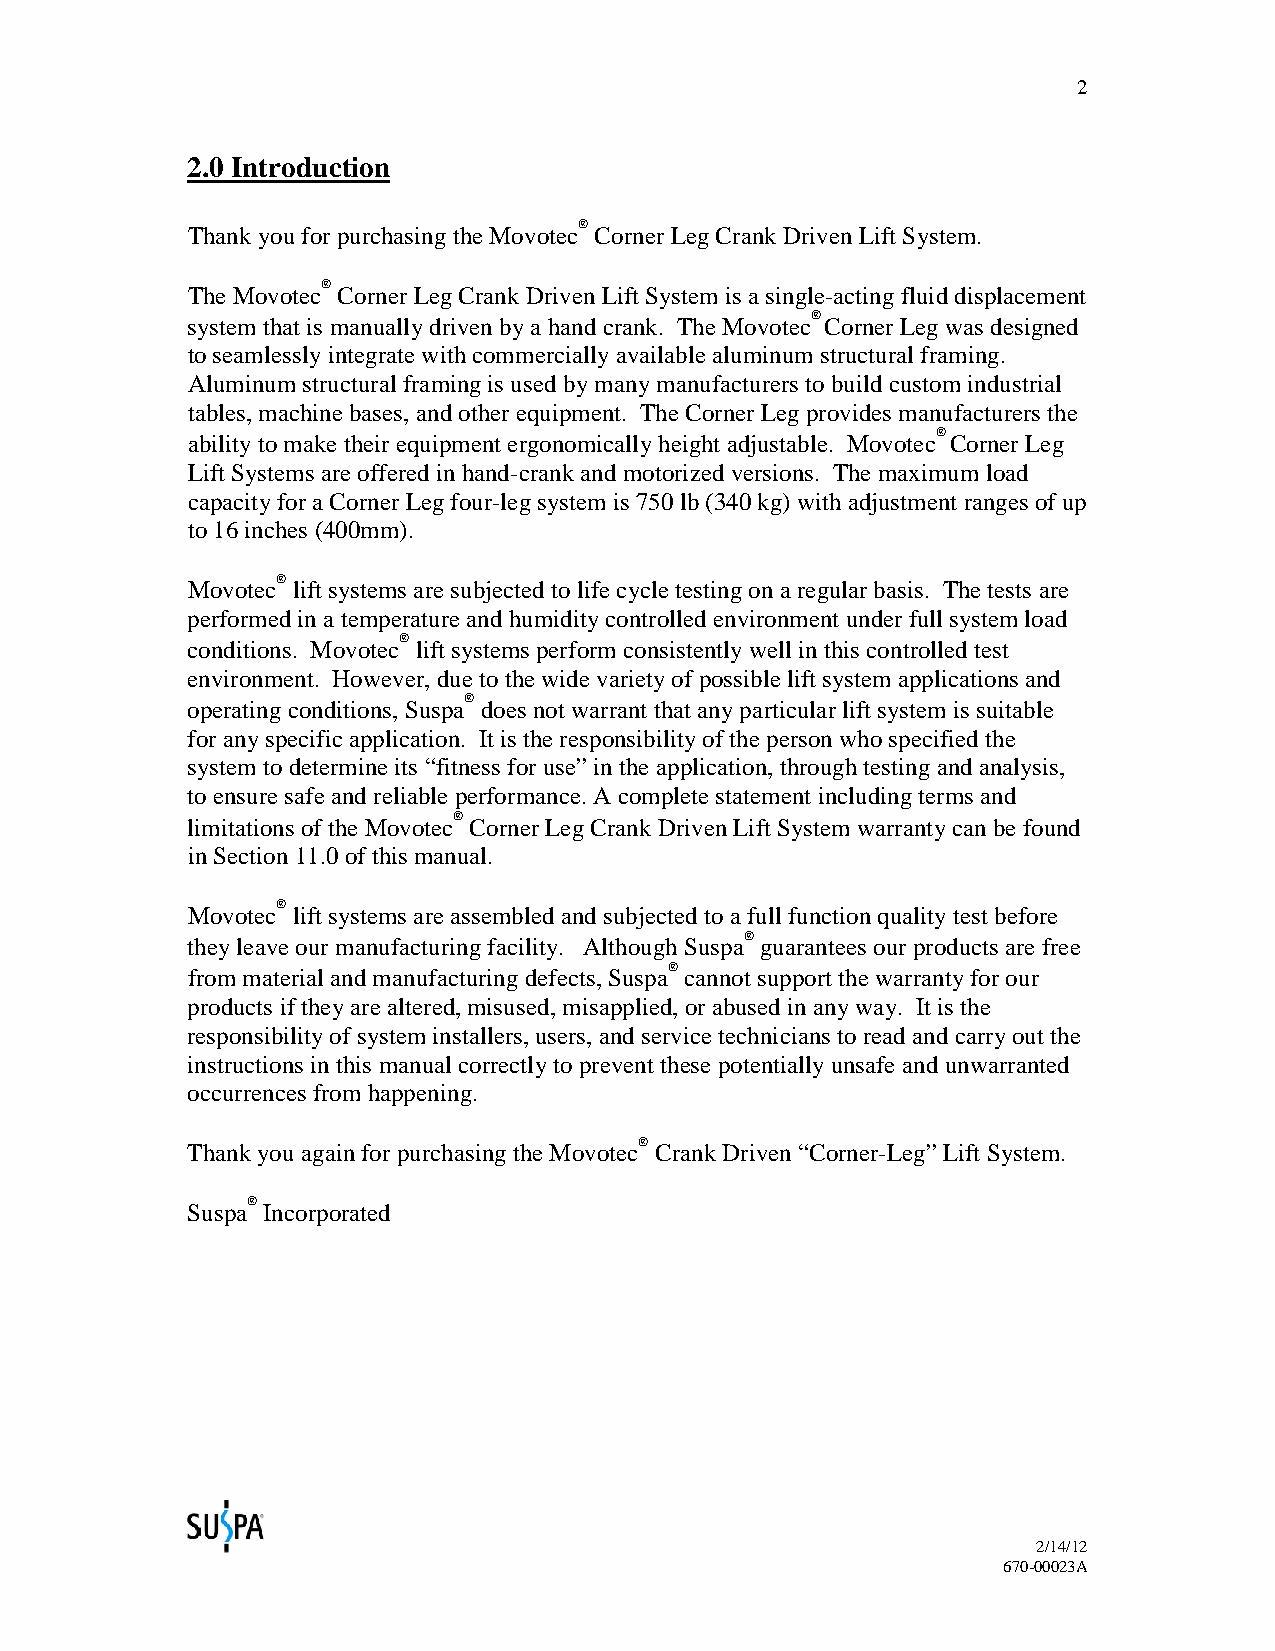
2
 2.0 Introduction
 ®
 Thank you for purchasing the Movotec Corner Leg Crank Driven Lift System.
 ®
 The Movotec Corner Leg Crank Driven Lift System is a single-acting fluid displacement
 ®
 system that is manually driven by a hand crank. The Movotec Corner Leg was designed
 to seamlessly integrate with commercially available aluminum structural framing.
 Aluminum structural framing is used by many manufacturers to build custom industrial
 tables, machine bases, and other equipment. The Corner Leg provides manufacturers the
 ®
 ability to make their equipment ergonomically height adjustable. Movotec Corner Leg
 Lift Systems are offered in hand-crank and motorized versions. The maximum load
 capacity for a Corner Leg four-leg system is 750 lb (340 kg) with adjustment ranges of up
 to 16 inches (400mm).
 ®
 Movotec lift systems are subjected to life cycle testing on a regular basis. The tests are
 performed in a temperature and humidity controlled environment under full system load
 ®
 conditions. Movotec lift systems perform consistently well in this controlled test
 environment. However, due to the wide variety of possible lift system applications and
 ®
 operating conditions, Suspa does not warrant that any particular lift system is suitable
 for any specific application. It is the responsibility of the person who specified the
 system to determine its “fitness for use” in the application, through testing and analysis,
 to ensure safe and reliable performance. A complete statement including terms and
 ®
 limitations of the Movotec Corner Leg Crank Driven Lift System warranty can be found
 in Section 11.0 of this manual.
 ®
 Movotec lift systems are assembled and subjected to a full function quality test before
 ®
 they leave our manufacturing facility. Although Suspa guarantees our products are free
 ®
 from material and manufacturing defects, Suspa cannot support the warranty for our
 products if they are altered, misused, misapplied, or abused in any way. It is the
 responsibility of system installers, users, and service technicians to read and carry out the
 instructions in this manual correctly to prevent these potentially unsafe and unwarranted
 occurrences from happening.
 ®
 Thank you again for purchasing the Movotec Crank Driven “Corner-Leg” Lift System.
 ®
 Suspa Incorporated
 2/14/12
 670-00023A